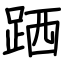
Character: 跴